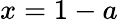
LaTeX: x=1-a